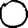
Digit: 0